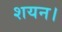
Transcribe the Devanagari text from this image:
शयन।